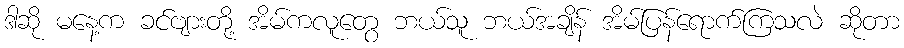
ဒါဆို မနေ့က ခင်ဗျားတို့ အိမ်ကလူတွေ ဘယ်သူ ဘယ်အချိန် အိမ်ပြန်ရောက်ကြသလဲ ဆိုတာ